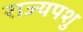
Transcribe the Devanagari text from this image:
राज्यपशु